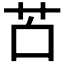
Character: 𦬲